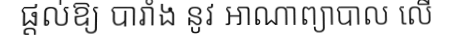
ផ្តល់ឱ្យ បារាំង នូវ អាណាព្យាបាល លើ